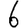
Digit: 6